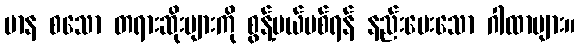
မာန စသော တရားဆိုးများကို စွန့်ပယ်ပစ်ရန် နည်းပေးသော ဂါထာများ။